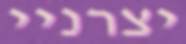
יצרניי